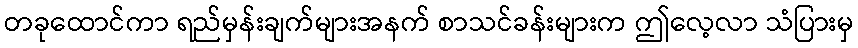
တခုထောင်ကာ ရည်မှန်းချက်များအနက် စာသင်ခန်းများက ဤလေ့လာ သံပြားမှ